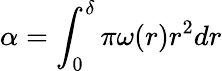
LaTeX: \alpha=\int_{0}^{\delta}\pi\omega(r)r^{2}dr